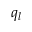
q _ { l }